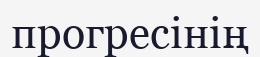
прогресінің